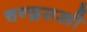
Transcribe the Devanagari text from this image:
चन्द्रसखी